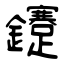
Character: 鑳